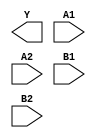
module sky130_fd_sc_hd__o22ai (
    Y ,
    A1,
    A2,
    B1,
    B2
);

    output Y ;
    input  A1;
    input  A2;
    input  B1;
    input  B2;

    // Voltage supply signals
    supply1 VPWR;
    supply0 VGND;
    supply1 VPB ;
    supply0 VNB ;

endmodule